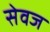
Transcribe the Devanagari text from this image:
सेवज